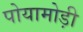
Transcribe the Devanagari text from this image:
पोयामोड़ी